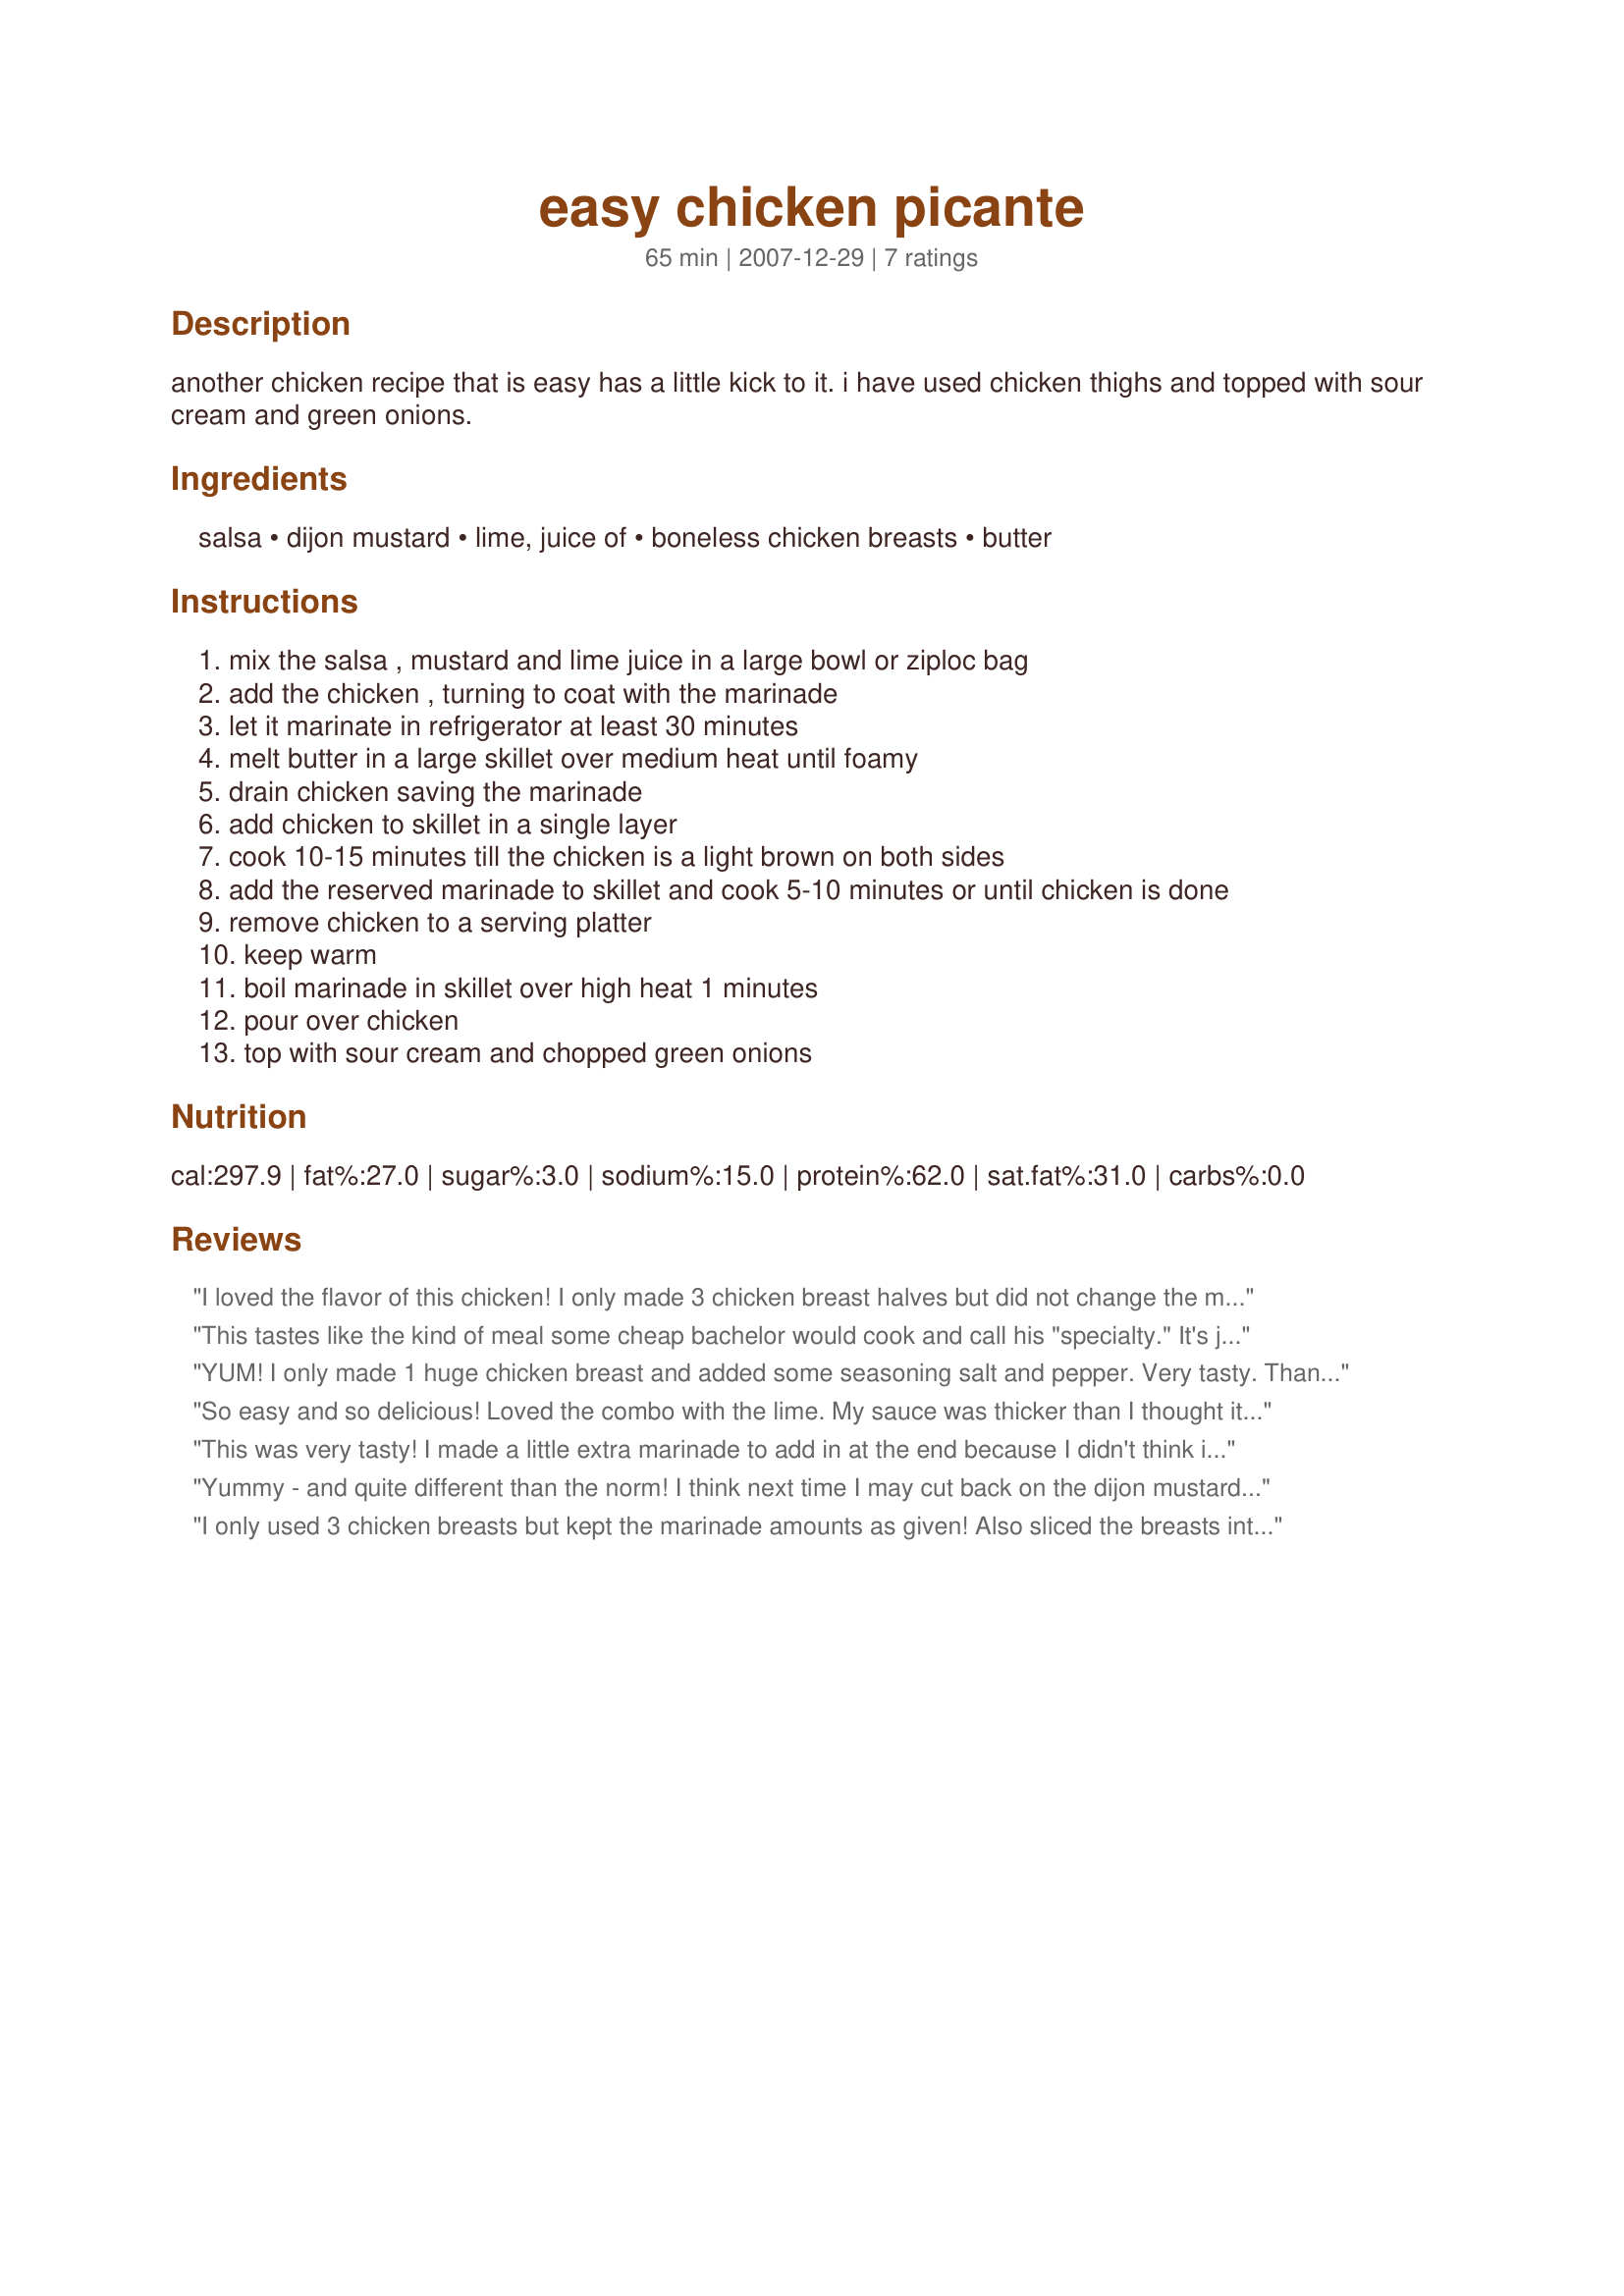
easy chicken picante
Preparation time: 65 minutes

another chicken recipe that is easy has a little kick to it. i have used chicken thighs and topped with sour cream and green onions.

Ingredients:
salsa, dijon mustard, lime, juice of, boneless chicken breasts, butter

Steps:
mix the salsa , mustard and lime juice in a large bowl or ziploc bag
add the chicken , turning to coat with the marinade
let it marinate in refrigerator at least 30 minutes
melt butter in a large skillet over medium heat until foamy
drain chicken saving the marinade
add chicken to skillet in a single layer
cook 10-15 minutes till the chicken is a light brown on both sides
add the reserved marinade to skillet and cook 5-10 minutes or until chicken is done
remove chicken to a serving platter
keep warm
boil marinade in skillet over high heat 1 minutes
pour over chicken
top with sour cream and chopped green onions

Reviews:
I loved the flavor of this chicken! I only made 3 chicken breast halves but did not change the marinade amounts, as we always like extra sauce. DH thought the sauce was a bit overpowering, but that could all be changed by using a different salsa, so I don't consider that a flaw in the recipe. DS & I really enjoyed the fact that it was very flavorful. I forgot the sour cream, but I'll bet that's all DH would have needed to mellow out the salsa for him. ;) Thanks for posting, mama smurf! I'll be making this one again. Made & enjoyed for October 2009 Think Pink tag game. http://www.recipezaar.com/bb/viewtopic.zsp?t=314275
This tastes like the kind of meal some cheap bachelor would cook and call his "specialty." It's juicy, easy, quick and cheap. However the flavors in this aren't complex, don't really blend at all and is just this side of edible. I expect to find this in a cookbook from the 1950s, the pseudo-fancy name and all.
YUM! I only made 1 huge chicken breast and added some seasoning salt and pepper. Very tasty. Thanks for posting. Made for Think Pink October 2009.
So easy and so delicious! Loved the combo with the lime. My sauce was thicker than I thought it would be but was delicious. Thanks for sharing the recipe! Made for Spring PAC 2010
This was very tasty! I made a little extra marinade to add in at the end because I didn't think it would be enough. I served it over brown rice. I didn't have any sour cream but I don't think it was necessary. Thanks!
Yummy - and quite different than the norm! I think next time I may cut back on the dijon mustard a little bit, but this is definitely a repeat recipe!! Made for I Recommend Tag Game.
I only used 3 chicken breasts but kept the marinade amounts as given! Also sliced the breasts into fourths so that the marinade would get to more breast surface! Ended up cutting the cooking time down a bit because of that, but the whole thing came together so nicely & was absolutely delicious! Yet another way for me to prepare chicken! Thanks for sharing the recipe! [Made & reviewed as a THANK YOU for completing the Baker's Dozen Special in this fall's round of Pick A Chef]
